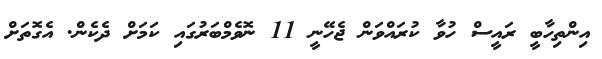
އިންތިހާބީ ރައީސް ހުވާ ކުރައްވަން ޖެހޭނީ 11 ނޮވެމްބަރުގައި ކަމަށް ދެކެން. އެގޮތަށް